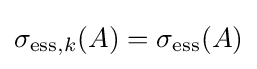
\sigma _{\mathrm {ess} ,k}(A)=\sigma _{\mathrm {ess} }(A)